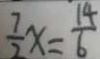
\frac { 7 } { 2 } x = \frac { 1 4 } { 6 }